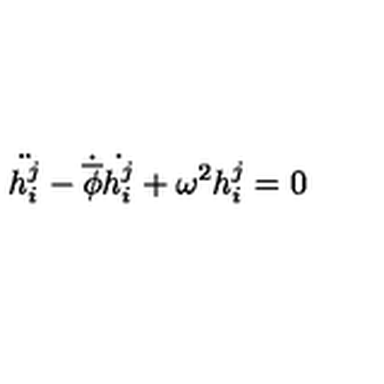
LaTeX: \ddot { h _ { i } ^ { j } } - \dot { \overline { { \phi } } } \dot { h _ { i } ^ { j } } + \omega ^ { 2 } h _ { i } ^ { j } = 0